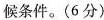
候条件。(6分)